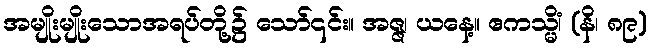
အမျိုးမျိုးသောအရပ်တို့၌ သော်၎င်း။ အဇ္ဇ၊ ယနေ့။ ဧကသ္မိံ၊ (နိ၊ ၈၉)